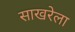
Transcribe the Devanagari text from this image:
साखरेला